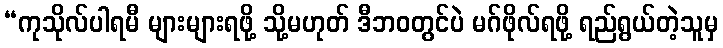
“ကုသိုလ်ပါရမီ များများရဖို့ သို့မဟုတ် ဒီဘဝတွင်ပဲ မဂ်ဖိုလ်ရဖို့ ရည်ရွယ်တဲ့သူမှ